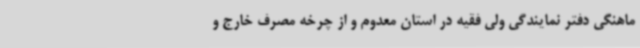
ماهنگی دفتر نمایندگی ولی فقیه در استان معدوم و از چرخه مصرف خارج و